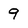
Character: 9